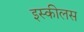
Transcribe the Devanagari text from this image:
इस्कीलस